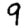
Digit: 9